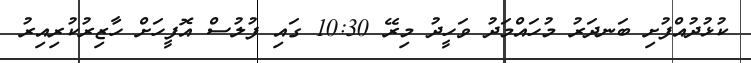
ކުޅުދުއްފުށި ބަނދަރު މުހައްމަދު ވަހީދު މިރޭ 10:30 ގައި ފުލުސް އޮފީހަށް ހާޒިރުކުރިއިރު